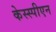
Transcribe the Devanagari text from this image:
केस्स्पीएन